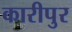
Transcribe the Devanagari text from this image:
कारीपुर